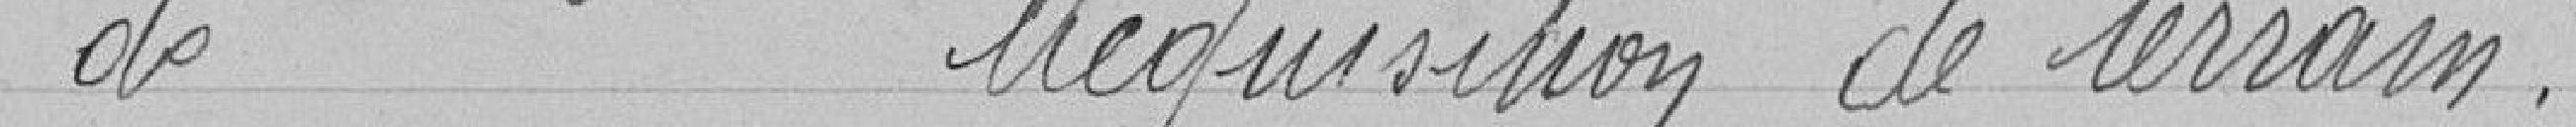
Acquisition de terrain.